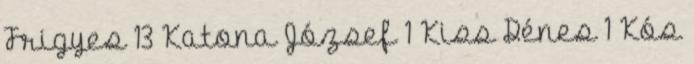
Frigyes 13 Katona József 1 Kiss Dénes 1 Kós